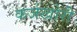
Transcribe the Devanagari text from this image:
कर्जखोरी